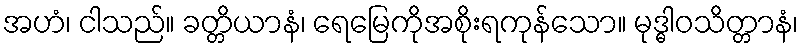
အဟံ၊ ငါသည်။ ခတ္တိယာနံ၊ ရေမြေကိုအစိုးရကုန်သော။ မုဒ္ဓါဝသိတ္တာနံ၊